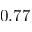
0 . 7 7